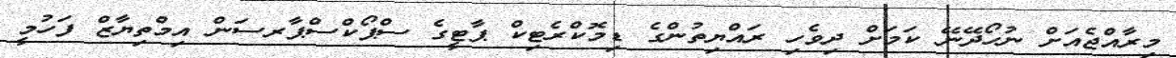
މިރާއްޖެއަށް ނުހޯދޭނޭ ކަމަށް ދިވެހި ރައްޔިތުންގެ ޑިމޮކްރެޓިކް ޕާޓީގެ ސްޕޯކްސްޕާރސަން އިމްތިޔާޒް ފަހުމީ